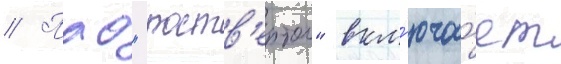
// Пао "роств'ертол" вкл'юча́ет